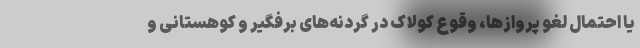
یا احتمال لغو پروازها، وقوع کولاک در گردنه‌های برفگیر و کوهستانی و